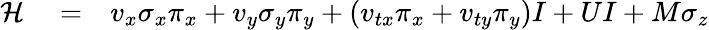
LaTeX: \begin{array}{rlr}{{\mathcal H}}&{{}=}&{v_{x}\sigma_{x}\pi_{x}+v_{y}\sigma_{y}\pi_{y}+\left(v_{tx}\pi_{x}+v_{ty}\pi_{y}\right)I+UI+M\sigma_{z}}\end{array}